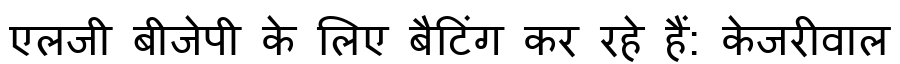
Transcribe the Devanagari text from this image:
एलजी बीजेपी के लिए बैटिंग कर रहे हैं: केजरीवाल